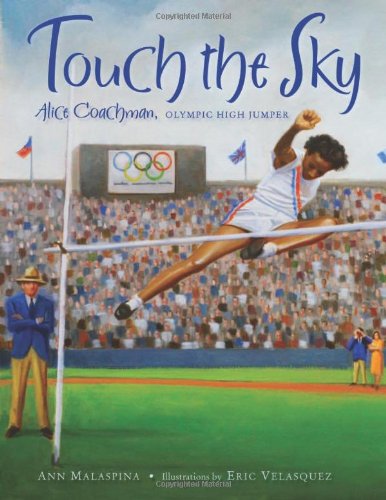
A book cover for Touch the Sky: Alice Coachman, Olympic High Jumper; Ann Malaspina; Children's Books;